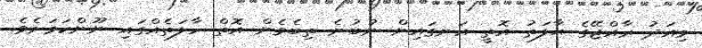
މިއަދު ރާއްޖޭގެ ޙާލަތު އޮތީ އަނގައިން ނުބުނެ ތިބެވެން އޮތް ހާލަތެއްގައި ނޫންކަމަށެވެ.